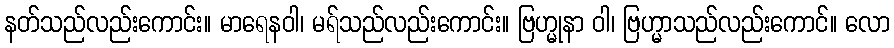
နတ်သည်လည်းကောင်း။ မာရေနဝါ၊ မရ်သည်လည်းကောင်း။ ဗြဟ္မုနာ ဝါ၊ ဗြဟ္မာသည်လည်းကောင်။ လော